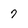
Character: 7